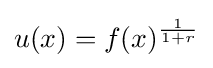
u(x)=f(x)^{\frac {1}{1+r}}